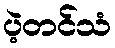
ပဲ့တင်သံ